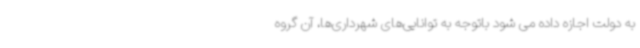
به دولت اجازه داده می شود باتوجه به توانایی‌های شهرداری‌ها، آن گروه